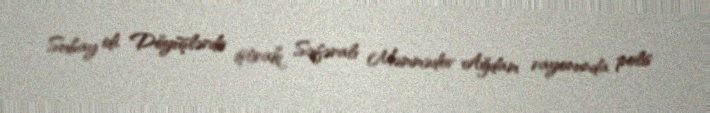
Subay idi. Döyüşlərdə iştirakı Səfəralı Məmmədov Ağdam rayonunda polis